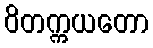
ဝိတက္ကယတော